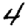
Digit: 4